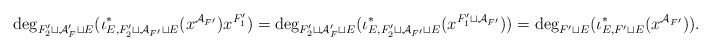
\begin{align*}\deg_{F_2' \sqcup \mathcal{A}_F' \sqcup E}(\iota^*_{E, {F}_2' \sqcup \mathcal{A}_{F'} \sqcup E}(x^{\mathcal{A}_{F'}})x^{F_1'}) = \deg_{F_2' \sqcup \mathcal{A}_F' \sqcup E}(\iota^*_{E, {F}_2' \sqcup \mathcal{A}_{F'} \sqcup E}(x^{{F}_1' \sqcup \mathcal{A}_{F'}})) = \deg_{F' \sqcup E}(\iota^*_{E, F' \sqcup E}(x^{\mathcal{A}_{F'}})). \end{align*}